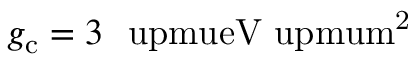
g _ { \mathrm { c } } = 3 ~ \mathrm { \ u p m u e V \ u p m u m ^ { 2 } }